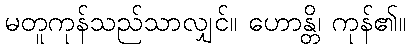
မတူကုန်သည်သာလျှင်။ ဟောန္တိ၊ ကုန်၏။